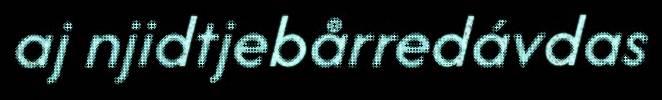
aj njidtjebårredávdas